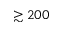
\gtrsim 2 0 0